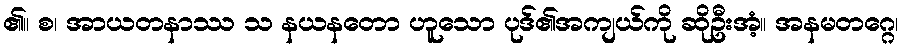
၏။ စ၊ အာယတနာဿ သ နယနတော ဟူသော ပုဒ်၏အကျယ်ကို ဆိုဦးအံ့။ အနမတဂ္ဂေ၊